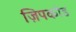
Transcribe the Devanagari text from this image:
ज़िपकोड